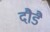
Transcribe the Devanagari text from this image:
दौडै